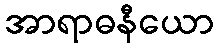
အာရာဓနီယော